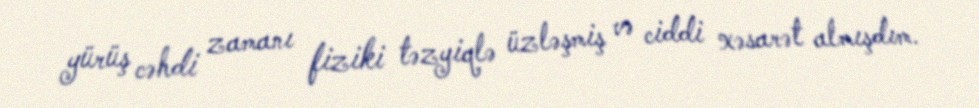
yürüş cəhdi zamanı fiziki təzyiqlə üzləşmiş və ciddi xəsarət almışdım.